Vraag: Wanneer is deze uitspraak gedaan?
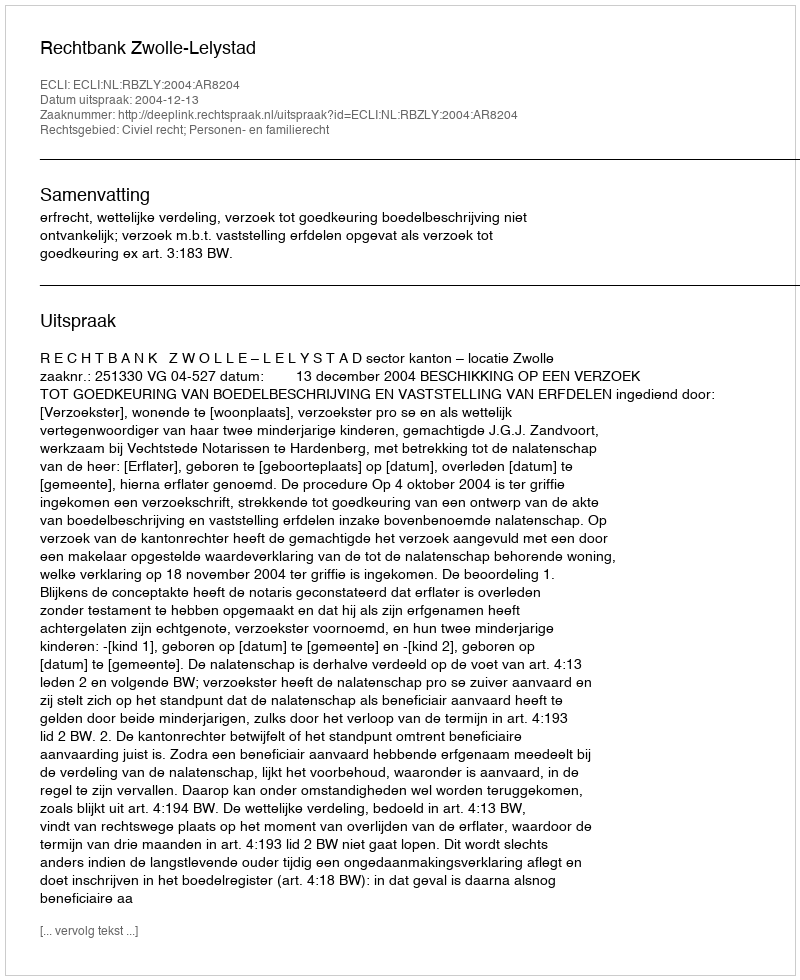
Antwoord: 2004-12-13